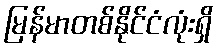
မြန်မာတစ်နိုင်ငံလုံးရှိ